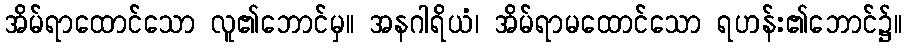
အိမ်ရာထောင်သော လူ၏ဘောင်မှ။ အနဂါရိယံ၊ အိမ်ရာမထောင်သော ရဟန်း၏ဘောင်၌။